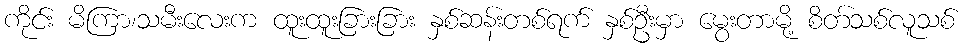
ကိုင်း မိကြာ၊သမီးလေးက ထူးထူးခြားခြား နှစ်ဆန်းတစ်ရက် နှစ်ဦးမှာ မွေးတာမို့ စိတ်သစ်လူသစ်